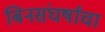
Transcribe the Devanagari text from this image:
बिनसंघर्षांचा